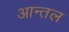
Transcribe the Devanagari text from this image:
आन्तल